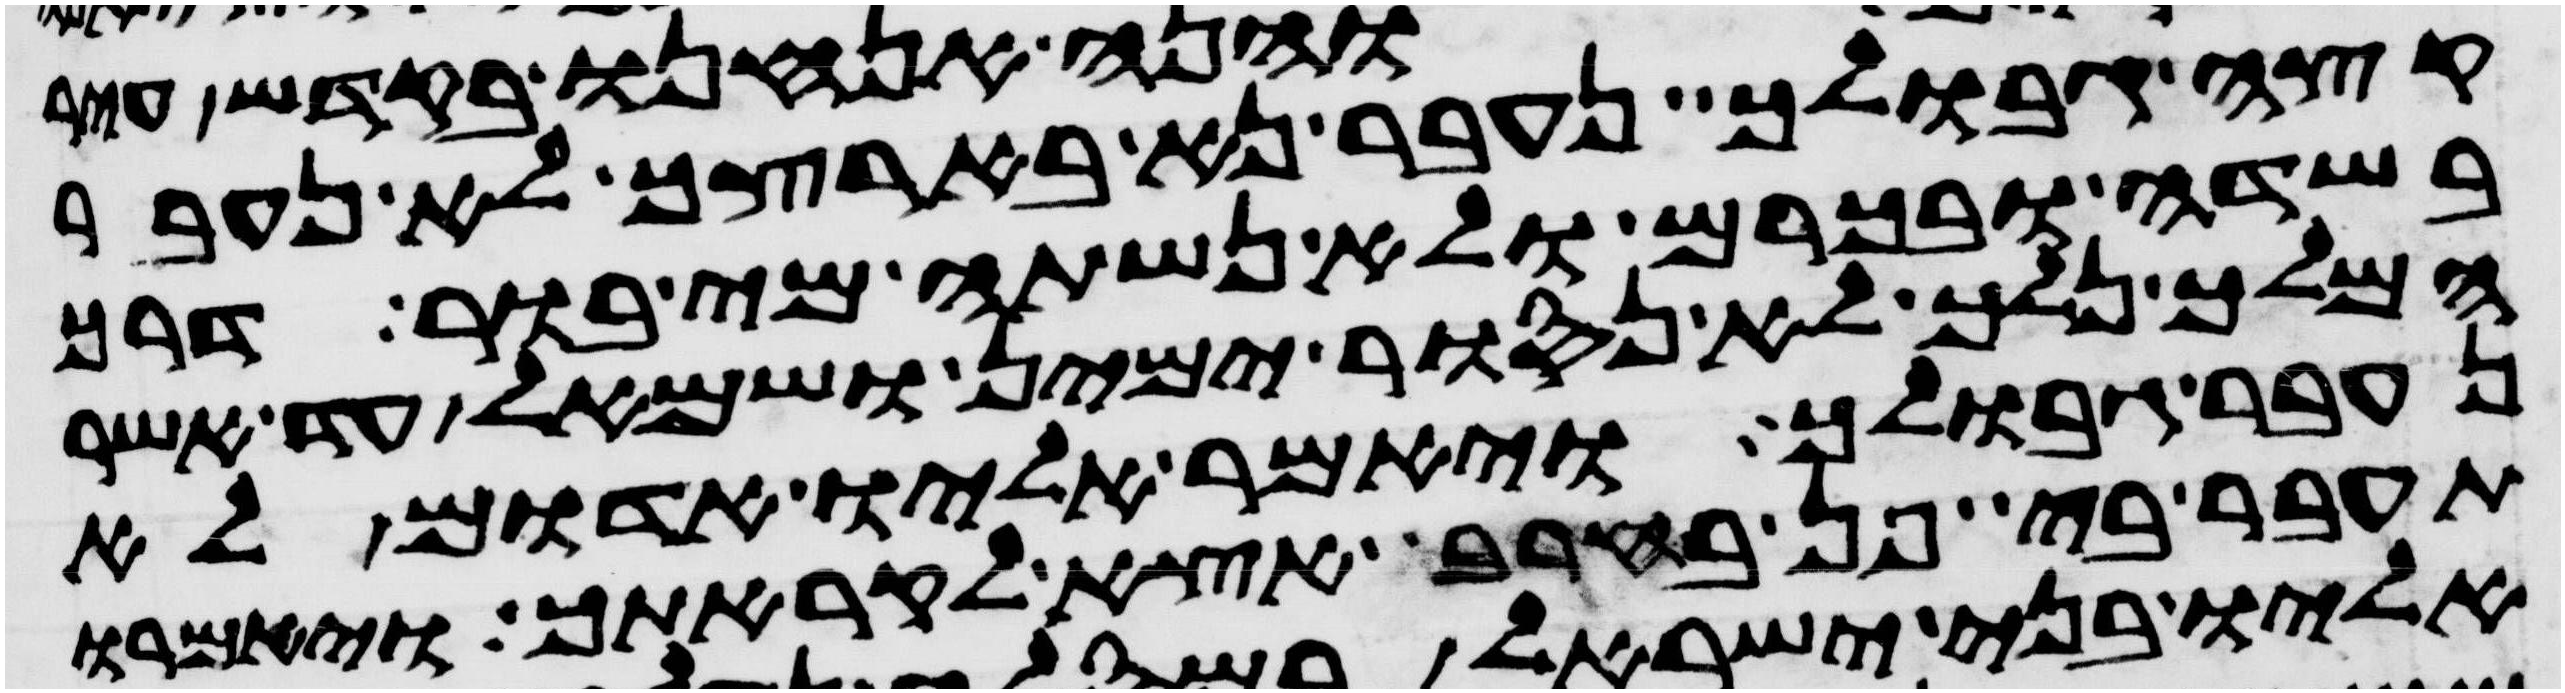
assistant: קצה גבולך נעבר נא בארצך לא נעבר
בשדה ובכרם ולא נשתה מי בור דרך
המלך נלך לא נסור ימין ושמאל עד אשר
נעבר גבולך ויאמר אליו אדום לא
תעבר בי פן בחרב אצא לקראתך ויאמרו